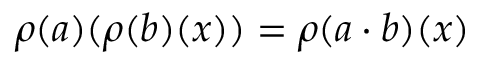
\rho ( a ) ( \rho ( b ) ( x ) ) = \rho ( a \cdot b ) ( x )